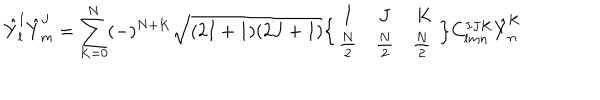
{ \hat { Y } } _ { l } ^ { I } { \hat { Y } } _ { m } ^ { J } = \sum _ { K = 0 } ^ { N } ( - ) ^ { N + K } \sqrt { ( 2 I + 1 ) ( 2 J + 1 ) } \Bigl \{ \begin{array} { c c c } { { I } } & { { J } } & { { K } } \\ { { { \frac { N } { 2 } } } } & { { { \frac { N } { 2 } } } } & { { { \frac { N } { 2 } } \ } } \\ \end{array} \Bigr \} C _ { l m n } ^ { I J K } { \hat { Y } } _ { n } ^ { K }